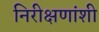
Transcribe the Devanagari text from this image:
निरीक्षणांशी